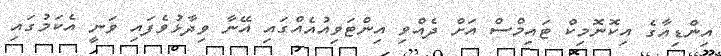
އިންޑިއާގެ އިކޮނޮމިކް ޓައިމްސް އަށް ދެއްވި އިންޓަވިއުއެއްގައި އޭނާ ވިދާޅުވެފައި ވަނީ އެކަމުގައި